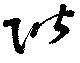
階